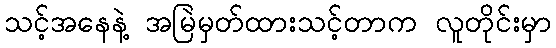
သင့်အနေနဲ့ အမြဲမှတ်ထားသင့်တာက လူတိုင်းမှာ